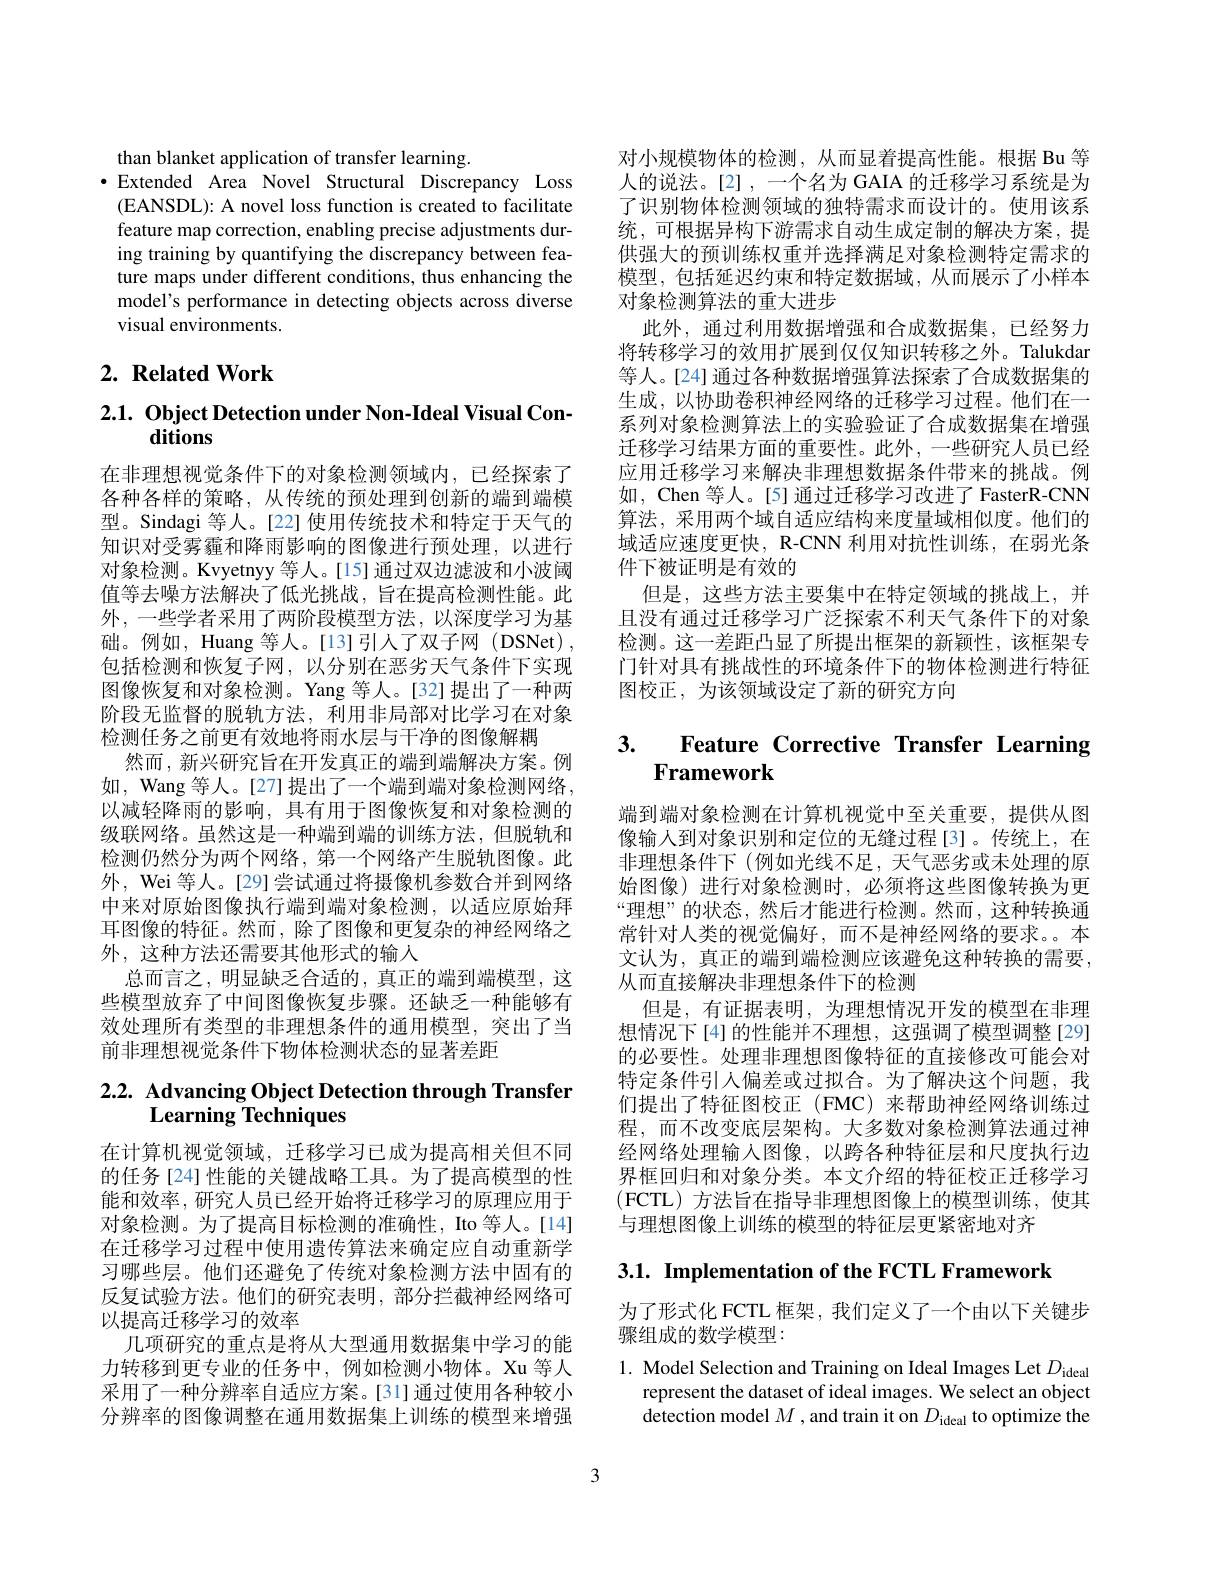
than blanket application of transfer learning.
·Extended Area Novel Structural Discrepancy Loss
(EANSDL): A novel loss function is created to facilitate feature map correction, enabling precise adjustments during training by quantifying the discrepancy between feature maps under different conditions, thus enhancing the model's performance in detecting objects across diverse visual environments.

# $2. \textbf{ Related Work}$

# $2. 1. \textbf{ Object Detection under Non- Ideal Visual Con- }$ ditions

在非理想视觉条件下的对象检测领域内，已经探索了各种各样的策略，从传统的预处理到创新的端到端模型。Sindagi 等人。[22] 使用传统技术和特定于天气的知识对受雾霾和降雨影响的图像进行预处理，以进行对象检测。Kvyetnyy 等人。[15] 通过双边滤波和小波阈值等去噪方法解决了低光挑战，旨在提高检测性能。此外，一些学者采用了两阶段模型方法，以深度学习为基础。例如，Huang 等人。[13]引人了双子网(DSNet), 包括检测和恢复子网，以分别在恶劣天气条件下实现图像恢复和对象检测。Yang 等人。[32] 提出了一种两阶段无监督的脱轨方法，利用非局部对比学习在对象检测任务之前更有效地将雨水层与干净的图像解耦
然而，新兴研究旨在开发真正的端到端解决方案。例如，Wang 等人。[27]提出了一个端到端对象检测网络， 以减轻降雨的影响，具有用于图像恢复和对象检测的级联网络。虽然这是一种端到端的训练方法，但脱轨和检测仍然分为两个网络，第一个网络产生脱轨图像。此外，Wei 等人。[29] 尝试通过将摄像机参数合并到网络中来对原始图像执行端到端对象检测，以适应原始拜耳图像的特征。然而，除了图像和更复杂的神经网络之外，这种方法还需要其他形式的输人
总而言之，明显缺乏合适的，真正的端到端模型，这些模型放弃了中间图像恢复步骤。还缺乏一种能够有效处理所有类型的非理想条件的通用模型，突出了当前非理想视觉条件下物体检测状态的显著差距

# 2.2. Advancing Object Detection through Transfer Learning Techniques

在计算机视觉领域，迁移学习已成为提高相关但不同的任务[24]性能的关键战略工具。为了提高模型的性能和效率，研究人员已经开始将迁移学习的原理应用于对象检测。为了提高目标检测的准确性，Ito 等人。[14] 在迁移学习过程中使用遗传算法来确定应自动重新学习哪些层。他们还避免了传统对象检测方法中固有的反复试验方法。他们的研究表明，部分拦截神经网络可以提高迁移学习的效率
几项研究的重点是将从大型通用数据集中学习的能力转移到更专业的任务中，例如检测小物体。Xu 等人采用了一种分辨率自适应方案。[31]通过使用各种较小分辨率的图像调整在通用数据集上训练的模型来增强

对小规模物体的检测，从而显着提高性能。根据 Bu 等人的说法。[2] , 一个名为 GAIA 的迁移学习系统是为了识别物体检测领域的独特需求而设计的。使用该系统，可根据异构下游需求自动生成定制的解决方案，提供强大的预训练权重并选择满足对象检测特定需求的模型，包括延迟约束和特定数据域，从而展示了小样本对象检测算法的重大进步
此外，通过利用数据增强和合成数据集，已经努力将转移学习的效用扩展到仅仅知识转移之外。Talukdar 等人。[24] 通过各种数据增强算法探索了合成数据集的生成，以协助卷积神经网络的迁移学习过程。他们在一系列对象检测算法上的实验验证了合成数据集在增强迁移学习结果方面的重要性。此外，一些研究人员已经应用迁移学习来解决非理想数据条件带来的挑战。例如，Chen 等人。[5] 通过迁移学习改进了 FasterR-CNN 算法，采用两个域自适应结构来度量域相似度。他们的域适应速度更快，R-CNN 利用对抗性训练，在弱光条件下被证明是有效的
但是，这些方法主要集中在特定领域的挑战上，并且没有通过迁移学习广泛探索不利天气条件下的对象检测。这一差距凸显了所提出框架的新颖性，该框架专门针对具有挑战性的环境条件下的物体检测进行特征图校正，为该领域设定了新的研究方向

# 3. Feature Corrective Transfer Learning Framework

端到端对象检测在计算机视觉中至关重要，提供从图像输人到对象识别和定位的无缝过程[3]。传统上，在非理想条件下(例如光线不足，天气恶劣或未处理的原始图像)进行对象检测时，必须将这些图像转换为更“理想”的状态，然后才能进行检测。然而，这种转换通常针对人类的视觉偏好，而不是神经网络的要求。本文认为，真正的端到端检测应该避免这种转换的需要， 从而直接解决非理想条件下的检测
但是，有证据表明，为理想情况开发的模型在非理想情况下[4]的性能并不理想，这强调了模型调整[29] 的必要性。处理非理想图像特征的直接修改可能会对特定条件引人偏差或过拟合。为了解决这个问题，我们提出了特征图校正(FMC)来帮助神经网络训练过程，而不改变底层架构。大多数对象检测算法通过神经网络处理输入图像，以跨各种特征层和尺度执行边界框回归和对象分类。本文介绍的特征校正迁移学习(FCTL)方法旨在指导非理想图像上的模型训练，使其与理想图像上训练的模型的特征层更紧密地对齐

3.1. Implementation of the FCTL Framework

为了形式化 FCTL 框架 , 我们定义了一个由以下关键步
骤组成的数学模型：

1. Model Selection and Training on Ideal Images Let $D_\mathrm{ideal}$
represent the dataset of ideal images. We select an object detection model $M$ , and train it on $D_\mathrm{ideal}$ to optimize the

3